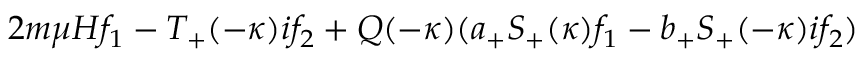
2 m \mu H f _ { 1 } - T _ { + } ( - \kappa ) i f _ { 2 } + Q ( - \kappa ) ( a _ { + } S _ { + } ( \kappa ) f _ { 1 } - b _ { + } S _ { + } ( - \kappa ) i f _ { 2 } )